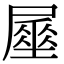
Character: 𡳑